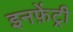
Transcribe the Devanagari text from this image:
इनफ़ेंट्री